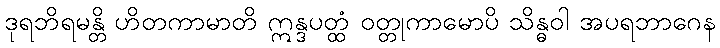
ဒုရဘိရမန္တိ ဟိတကာမာတိ ဣန္ဒပတ္ထံ ဝတ္တုကာမောပိ သိန္ဓဝါ အပရဘာဂေန